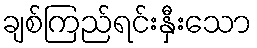
ချစ်ကြည်ရင်းနှီးသော